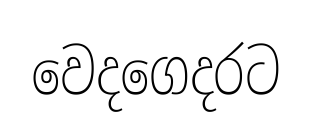
වෙදගෙදරට